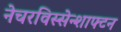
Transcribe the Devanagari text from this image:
नेचरविस्सेन्शाफ्टन